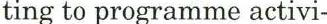
ting to programme activi-